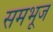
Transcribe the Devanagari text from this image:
समभूज